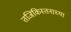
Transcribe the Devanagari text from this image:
तजिकिस्तनाच्या